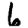
Digit: 6